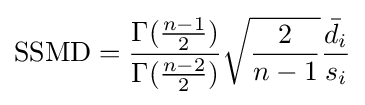
{\text{SSMD}}={\frac {\Gamma ({\frac {n-1}{2}})}{\Gamma ({\frac {n-2}{2}})}}{\sqrt {\frac {2}{n-1}}}{\frac {{\bar {d}}_{i}}{s_{i}}}